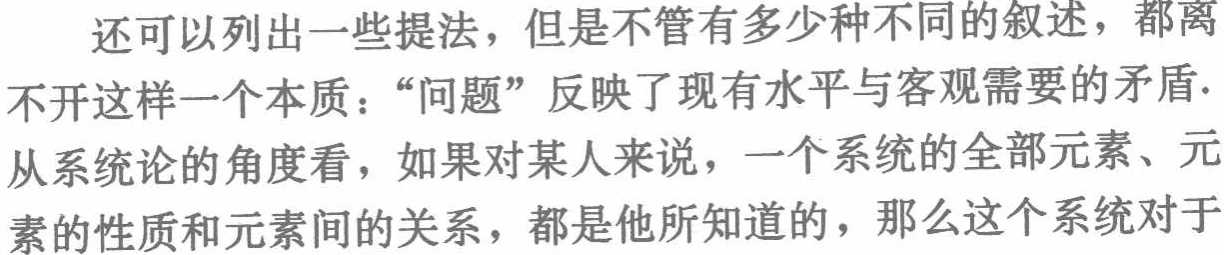
还可以列出一些提法，但是不管有多少种不同的叙述，都离不开这样一个本质：“问题”反映了现有水平与客观需要的矛盾. 从系统论的角度看，如果对某人来说，一个系统的全部元素、元素的性质和元素间的关系，都是他所知道的，那么这个系统对于